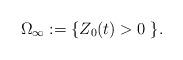
LaTeX: \begin{align*} \Omega_\infty := \{Z_0(t)>0 \;\}.\end{align*}